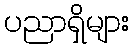
ပညာရှိများ